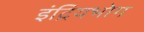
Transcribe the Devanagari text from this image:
इंद्रियभोग